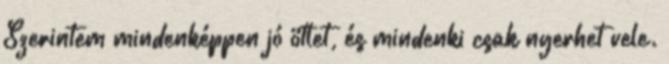
Szerintem mindenképpen jó ötlet, és mindenki csak nyerhet vele.